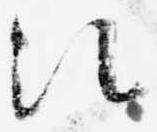
次